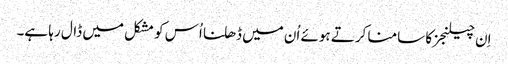
اِن چیلنجز کا سامنا کرتے ہوئے اُن میں ڈھلنا اُس کو مشکل میں ڈال رہا ہے۔